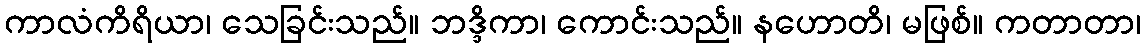
ကာလံကိရိယာ၊ သေခြင်းသည်။ ဘဒ္ဒိကာ၊ ကောင်းသည်။ နဟောတိ၊ မဖြစ်။ ကတာတာ၊